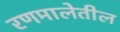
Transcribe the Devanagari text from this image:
रणमालेतील